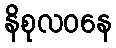
နိစုလဝနေ